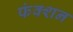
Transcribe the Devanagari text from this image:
फंक्‍शन